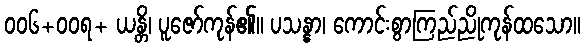
၀၀၆+ဝဝရ+ ယန္တိ၊ ပူဇော်ကုန်၏။ ပသန္နာ၊ ကောင်းစွာကြည်ညိုကုန်ထသော။